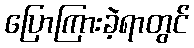
ပြောကြားခဲ့ရာတွင်